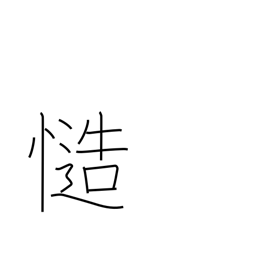
Meaning: certainly